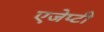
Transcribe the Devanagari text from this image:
एजेप्टी